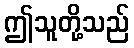
ဤသူတို့သည်